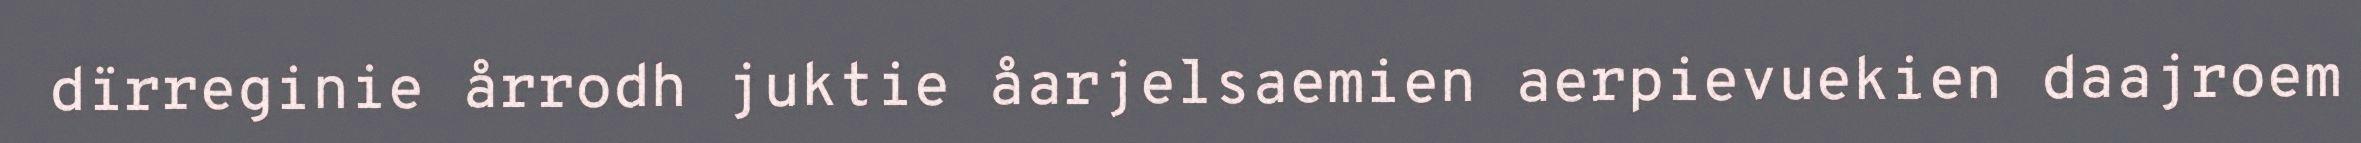
dïrreginie årrodh juktie åarjelsaemien aerpievuekien daajroem